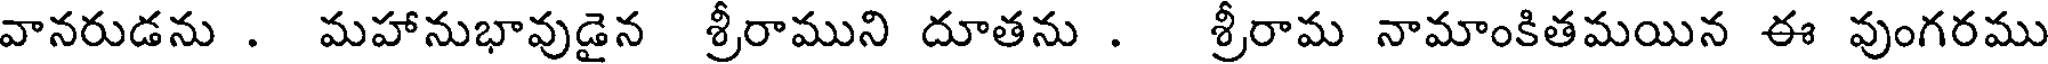
వానరుడను . మహానుభావుడైన శ్రీరాముని దూతను . శ్రీరామ నామాంకితమయిన ఈ వుంగరము